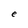
Character: e